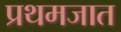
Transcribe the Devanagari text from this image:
प्रथमजात